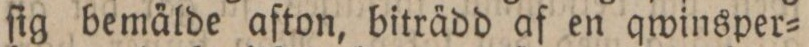
ſig bemälde afton, biträdd af en qwinsper=